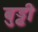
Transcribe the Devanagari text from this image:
बुड्ढी